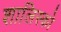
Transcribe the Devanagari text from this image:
शालिस्को